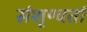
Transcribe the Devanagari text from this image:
संशृण्वतां